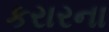
કરારના